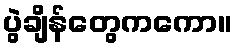
ပွဲချိန်တွေကကော။